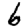
Digit: 6